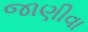
જાણીવા